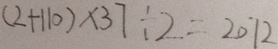
( 2 + 1 1 0 ) \times 3 7 \div 2 = 2 0 7 2